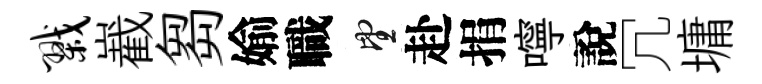
戮嶻芻媮職望赴捐嚀說冗墉